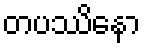
တပဿိနော